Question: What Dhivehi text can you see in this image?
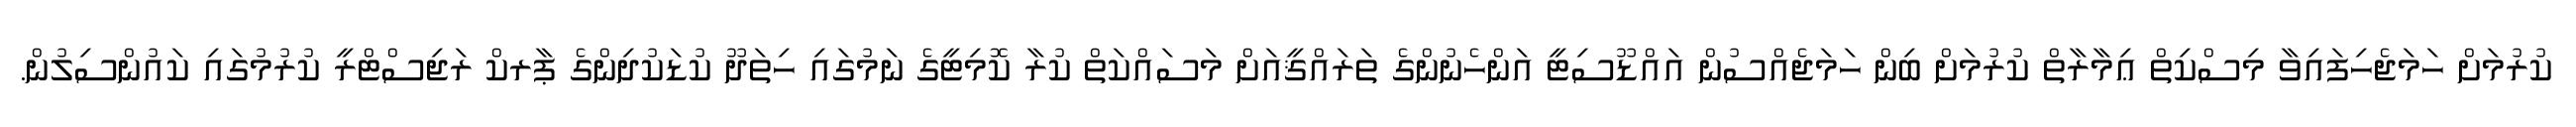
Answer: ކުރުމަށް ހަމަޖެހިފައިވާ މިސްކިތް ޢިމާރާތް ކުރުމަށް ބިން ހަމަޖެއްސުން އައްޑޫސިޓީ އަންހެނުންގެ ތަރައްޤީއަށް މަސައްކަތް ކުރާ ކޮމިޓީގެ ނަމުގައި ހިތަދޫ ކުޑަކުދިންގެ ޕާރކް ރަޖިސްޓްރީ ކުރުމުގައި ކައުންސިލުން.